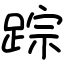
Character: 踪